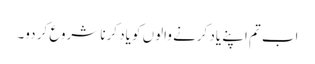
اب تم اپنے یاد کرنے والوں کو یاد کرنا شروع کر دو۔